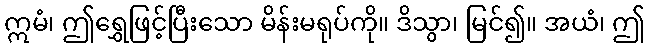
ဣမံ၊ ဤရွှေဖြင့်ပြီးသော မိန်းမရုပ်ကို။ ဒိသွာ၊ မြင်၍။ အယံ၊ ဤ